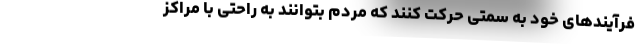
فرآیندهای خود به سمتی حرکت کنند که مردم بتوانند به راحتی با مراکز